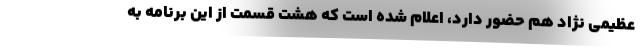
عظیمی نژاد هم حضور دارد، اعلام شده است که هشت قسمت از این برنامه به